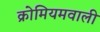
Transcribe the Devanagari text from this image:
क्रोमियमवाली